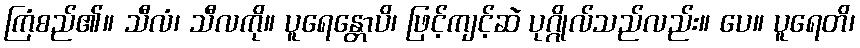
ကြံစည်၏။ သီလံ၊ သီလကို။ ပူရေန္တောပိ၊ ဖြင့်ကျင့်ဆဲ ပုဂ္ဂိုလ်သည်လည်း။ ပေ။ ပူရေတိ၊